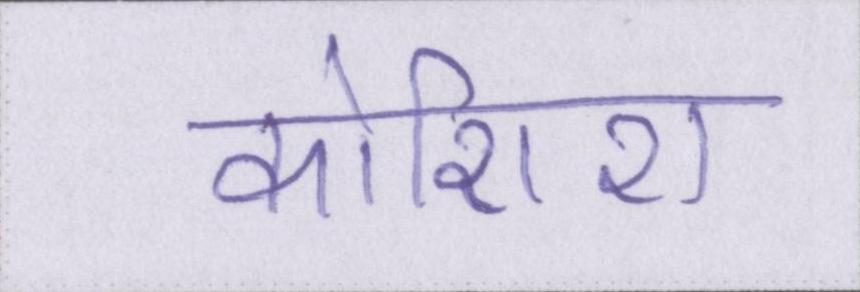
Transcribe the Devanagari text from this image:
कोशिश